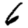
Digit: 6